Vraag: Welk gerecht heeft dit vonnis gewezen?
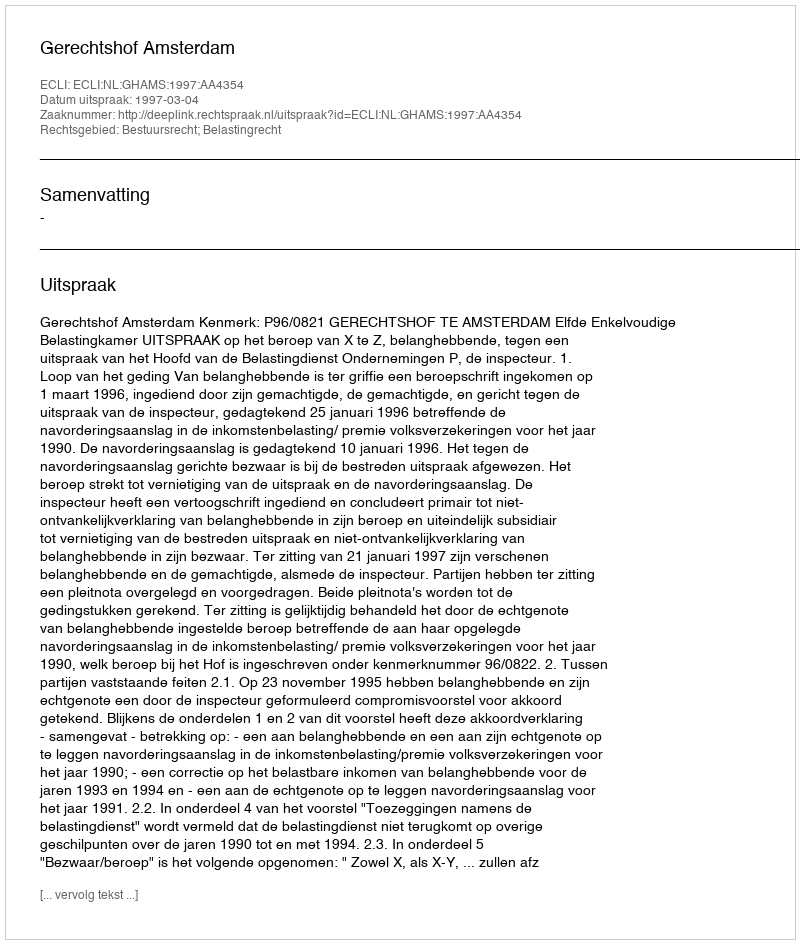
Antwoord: Gerechtshof Amsterdam